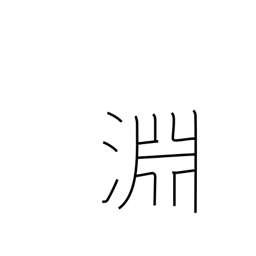
Meaning: the depths